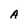
Character: A